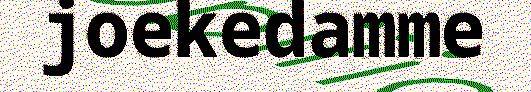
joekedamme